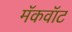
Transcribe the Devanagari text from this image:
मॅकवॉट